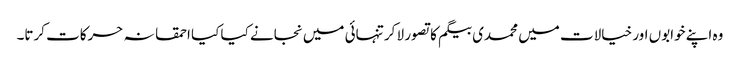
وہ اپنے خوابوں اور خیالات میں محمدی بیگم کا تصور لا کر تنہائی میں نجانے کیا کیا احمقانہ حرکات کرتا۔